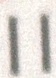
11